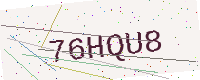
Text: 76HQU8